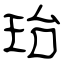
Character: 珆